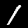
Label: 1